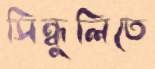
সিন্ধুলিতে